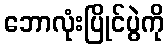
ဘောလုံးပြိုင်ပွဲကို